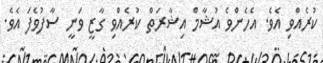
ކުރެއްވި އެވެ. އެހެންވެ އުޝާމް އިޝާރަތް ކުރެއްވި ގާޒީ ވަނީ ސާފުވެފަ އެވެ.